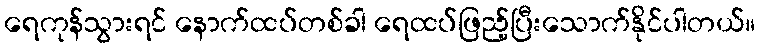
ရေကုန်သွားရင် နောက်ထပ်တစ်ခါ ရေထပ်ဖြည့်ပြီးသောက်နိုင်ပါတယ်။